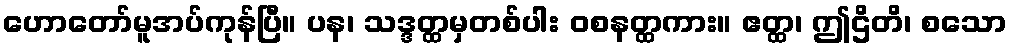
ဟောတော်မူအပ်ကုန်ပြီ။ ပန၊ သဒ္ဒတ္ထမှတစ်ပါး ဝစနတ္ထကား။ ဧတ္ထ၊ ဤဌိတိ၊ စသော